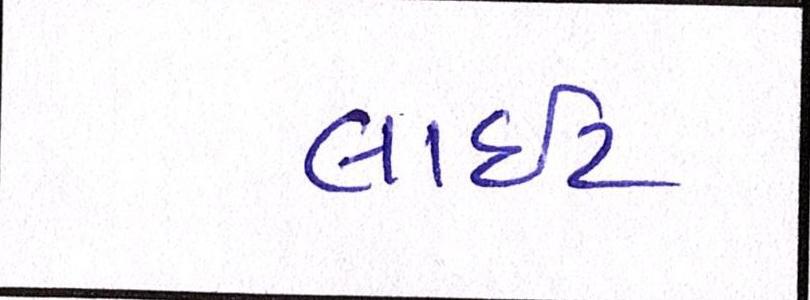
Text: લાઇટ